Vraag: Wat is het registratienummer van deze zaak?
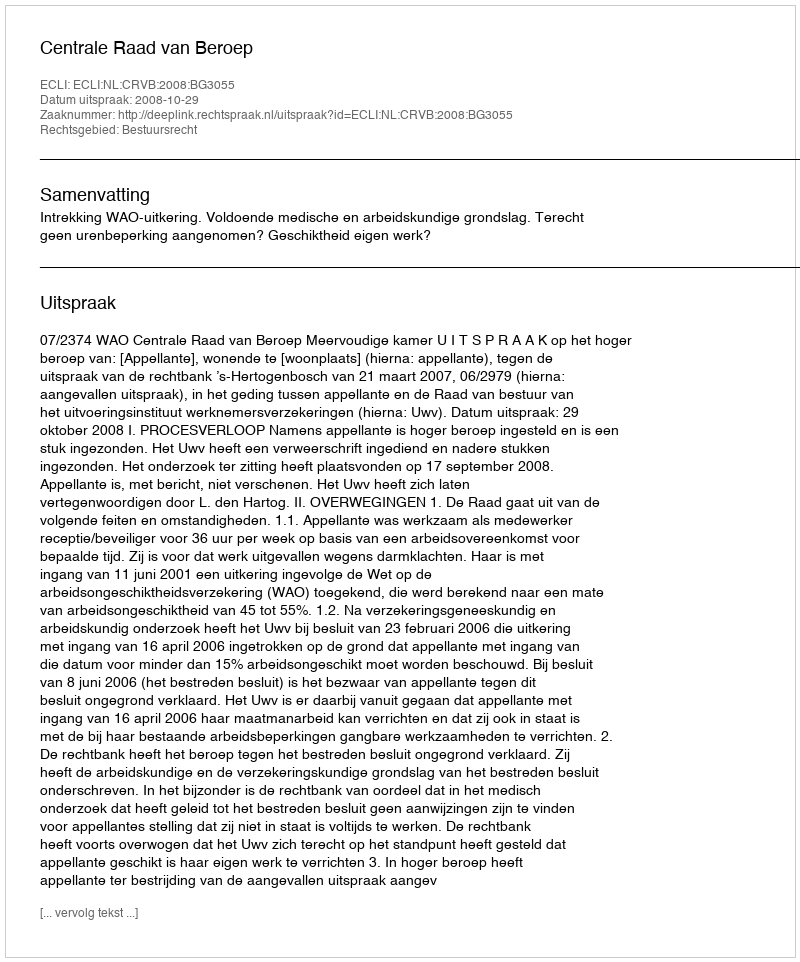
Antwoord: http://deeplink.rechtspraak.nl/uitspraak?id=ECLI:NL:CRVB:2008:BG3055